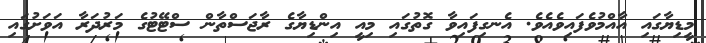
މީޑިޔާގައި އާއްމުވެފައިވެއެވެ. އެނގިފައިވާ ގޮތުގައި މިއީ އިންޑިޔާގެ ރާޖަސްތާން ސްޓޭޓުގެ މަރުދަރާ އަވަށުގައި